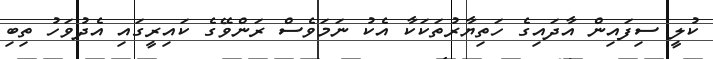
ކުލީ ސިފައިން އާދައިގެ ހަތިޔާރުތަކަކާ އެކު ނަމަވެސް ރަންވޭގެ ކައިރީގައި އެދުވަހު ތިބި